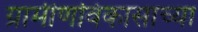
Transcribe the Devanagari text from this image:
ग्रामीणविकासाच्या